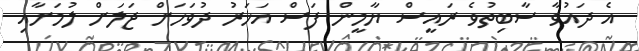
އެ ދައުވާ ސާބިތުވެ ރައީސް ޔާމީން ފަސް އަހަރު ދުވަހަށް ޖަލަށް ލުމަށާއި